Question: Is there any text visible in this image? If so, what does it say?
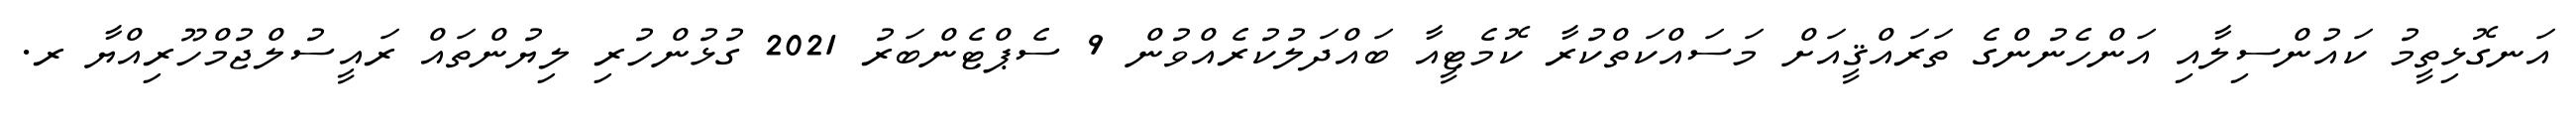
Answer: އަނގޮޅިތީމު ކައުންސިލާއި އަންހެނުންގެ ތަރައްޤީއަށް މަސައްކަތްކުރާ ކޮމެޓީއާ ބައްދަލުކުރެއްވުން 9 ސެޕްޓެންބަރު 2021 ގުޅުންހުރި ލިޔުންތައް ރައީސުލްޖުމްހޫރިއްޔާ ރ.